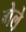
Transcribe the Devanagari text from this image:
गेले़